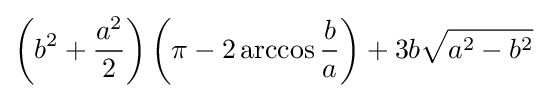
\left(b^{2}+{{a^{2}} \over 2}\right)\left(\pi -2\arccos {b \over a}\right)+3b{\sqrt {a^{2}-b^{2}}}